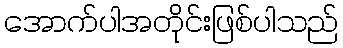
အောက်ပါအတိုင်းဖြစ်ပါသည်